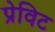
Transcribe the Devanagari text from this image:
प्रेविट